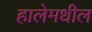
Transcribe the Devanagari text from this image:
हालेमधील